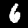
Digit: 6